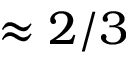
\approx 2 / 3